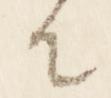
原